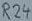
Text: R24